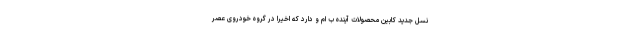
نسل جدید کابین محصولات آینده ب ام و دارد که اخیرا در گروه خودروی عصر